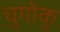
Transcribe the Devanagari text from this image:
चुगोकु